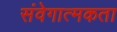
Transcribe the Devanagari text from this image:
संवेगात्मकता